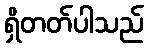
ရှိတတ်ပါသည်